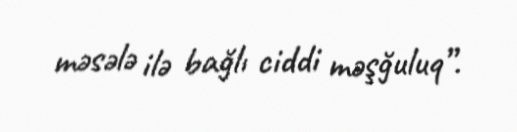
məsələ ilə bağlı ciddi məşğuluq”.